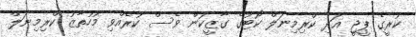
ކުރީގެ ޕީޖީ އަދި ކްރިމިނަލް ކޯޓުގެ ގާޒީކަން ވެސް ކުރެއްވި މުހުތާޒު ކްރިމިނަލް